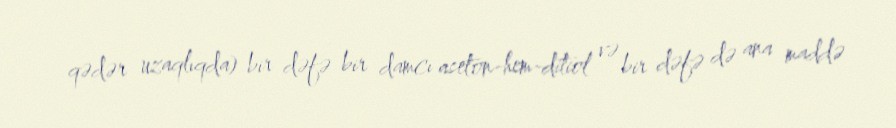
qədər uzaqlıqda) bir dəfə bir damcı aseton-hem-ditiol və bir dəfə də ana maddə